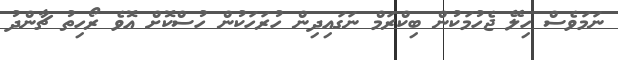
ނަމަވެސް ހިލޭ ޖެހުމަކުން ބިކްރަމް ނަގައިދިން ހުރަހަކުން ހުސްކޮށް އޮވެ ރޯހިތު ޗާންދު